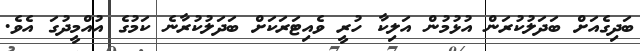
ބަދިގެއަށް ބަދަލުކުރަން އުޅުމުން އަލިކާ ހުރީ ވެއިޓަރަކަށް ބަދަލުކުރާނެ ކަމުގެ އުއްމީދުގަ އެވެ.